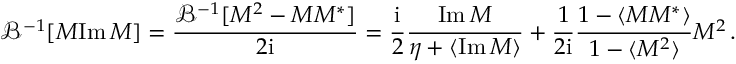
\mathcal { B } ^ { - 1 } [ M \mathrm { I m } \, M ] = \frac { \mathcal { B } ^ { - 1 } [ M ^ { 2 } - M M ^ { * } ] } { 2 \mathrm { i } } = \frac { \mathrm { i } } { 2 } \frac { \mathrm { I m } \, M } { \eta + \langle \mathrm { I m } \, M \rangle } + \frac { 1 } { 2 \mathrm { i } } \frac { 1 - \langle M M ^ { * } \rangle } { 1 - \langle M ^ { 2 } \rangle } M ^ { 2 } \, .